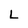
Character: L